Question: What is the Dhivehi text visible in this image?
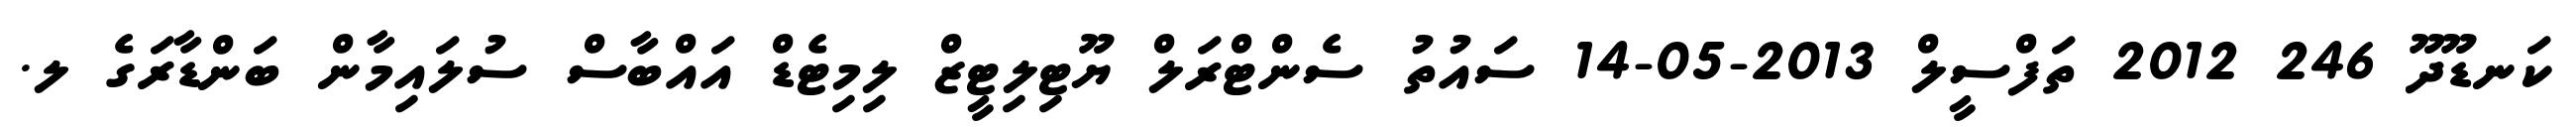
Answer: ކަނޑޫދޫ 246 2012 ތަފްސީލް 2013-05-14 ސައުތު ސެންޓްރަލް ޔޫޓިލިޓީޒް ލިމިޓެޑް އައްބާސް ސުލައިމާން ބަންޑާރަގެ ލ.